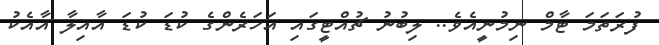
ފުރަތަމަ ޓާމް ނިމުނީއެވެ.. ލިބުނު ޗުއްޓީގައި އަހަރެންގެ ކުޑަ ކުޑަ އާއިލާ އާއެކު